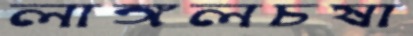
লাঙ্গলচষা